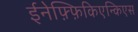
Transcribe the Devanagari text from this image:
ईनेफ़्फ़िकिएन्किएस